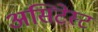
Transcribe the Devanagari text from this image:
असिटेस्ट